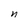
Character: n